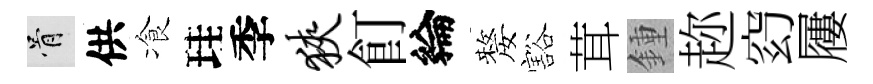
骨供飡珪季狭飣綸嫠豁茸鍾趂𥥆屨